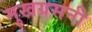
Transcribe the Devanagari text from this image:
मुखग्रसनी